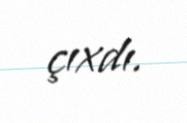
çıxdı.